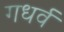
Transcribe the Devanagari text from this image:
गधर्व